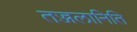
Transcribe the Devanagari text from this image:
तज्जलानिति